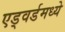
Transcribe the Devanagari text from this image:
एड्वर्डमध्ये